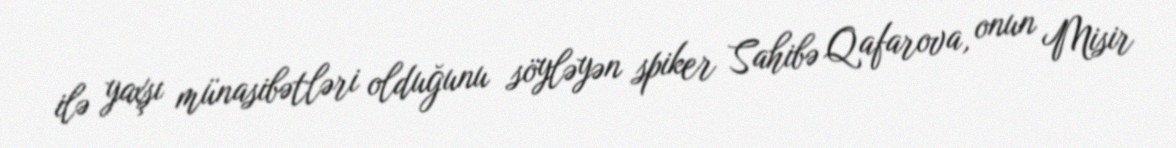
ilə yaxşı münasibətləri olduğunu söyləyən spiker Sahibə Qafarova, onun Misir